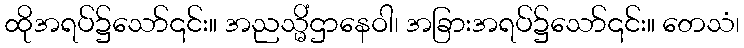
ထိုအရပ်၌သော်၎င်း။ အညသ္မိံဌာနေဝါ၊ အခြားအရပ်၌သော်၎င်း။ တေသံ၊